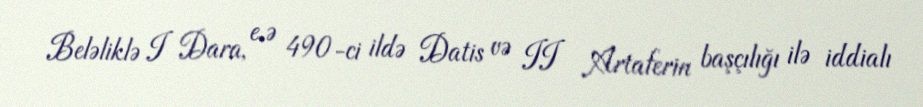
Beləliklə I Dara, e.ə 490-ci ildə Datis və II Artaferin başçılığı ilə iddialı